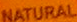
NATURAL